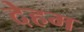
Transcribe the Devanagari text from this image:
देहम